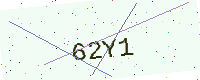
Text: 62Y1